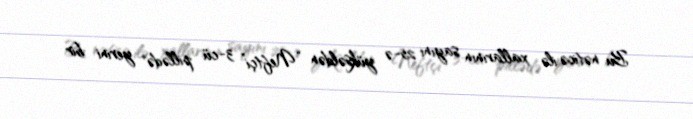
Bu nəticə ilə xallarının sayını 25-ə yüksəldən “Neftçi” 3-cü pillədə yerini bir